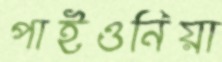
পাইওনিয়া